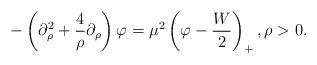
LaTeX: \begin{align*}-\left(\partial_{\rho}^{2}+\frac{4}{\rho}\partial_{\rho} \right)\varphi=\mu^{2}\left(\varphi-\frac{W}{2}\right)_{+},\rho>0. \end{align*}